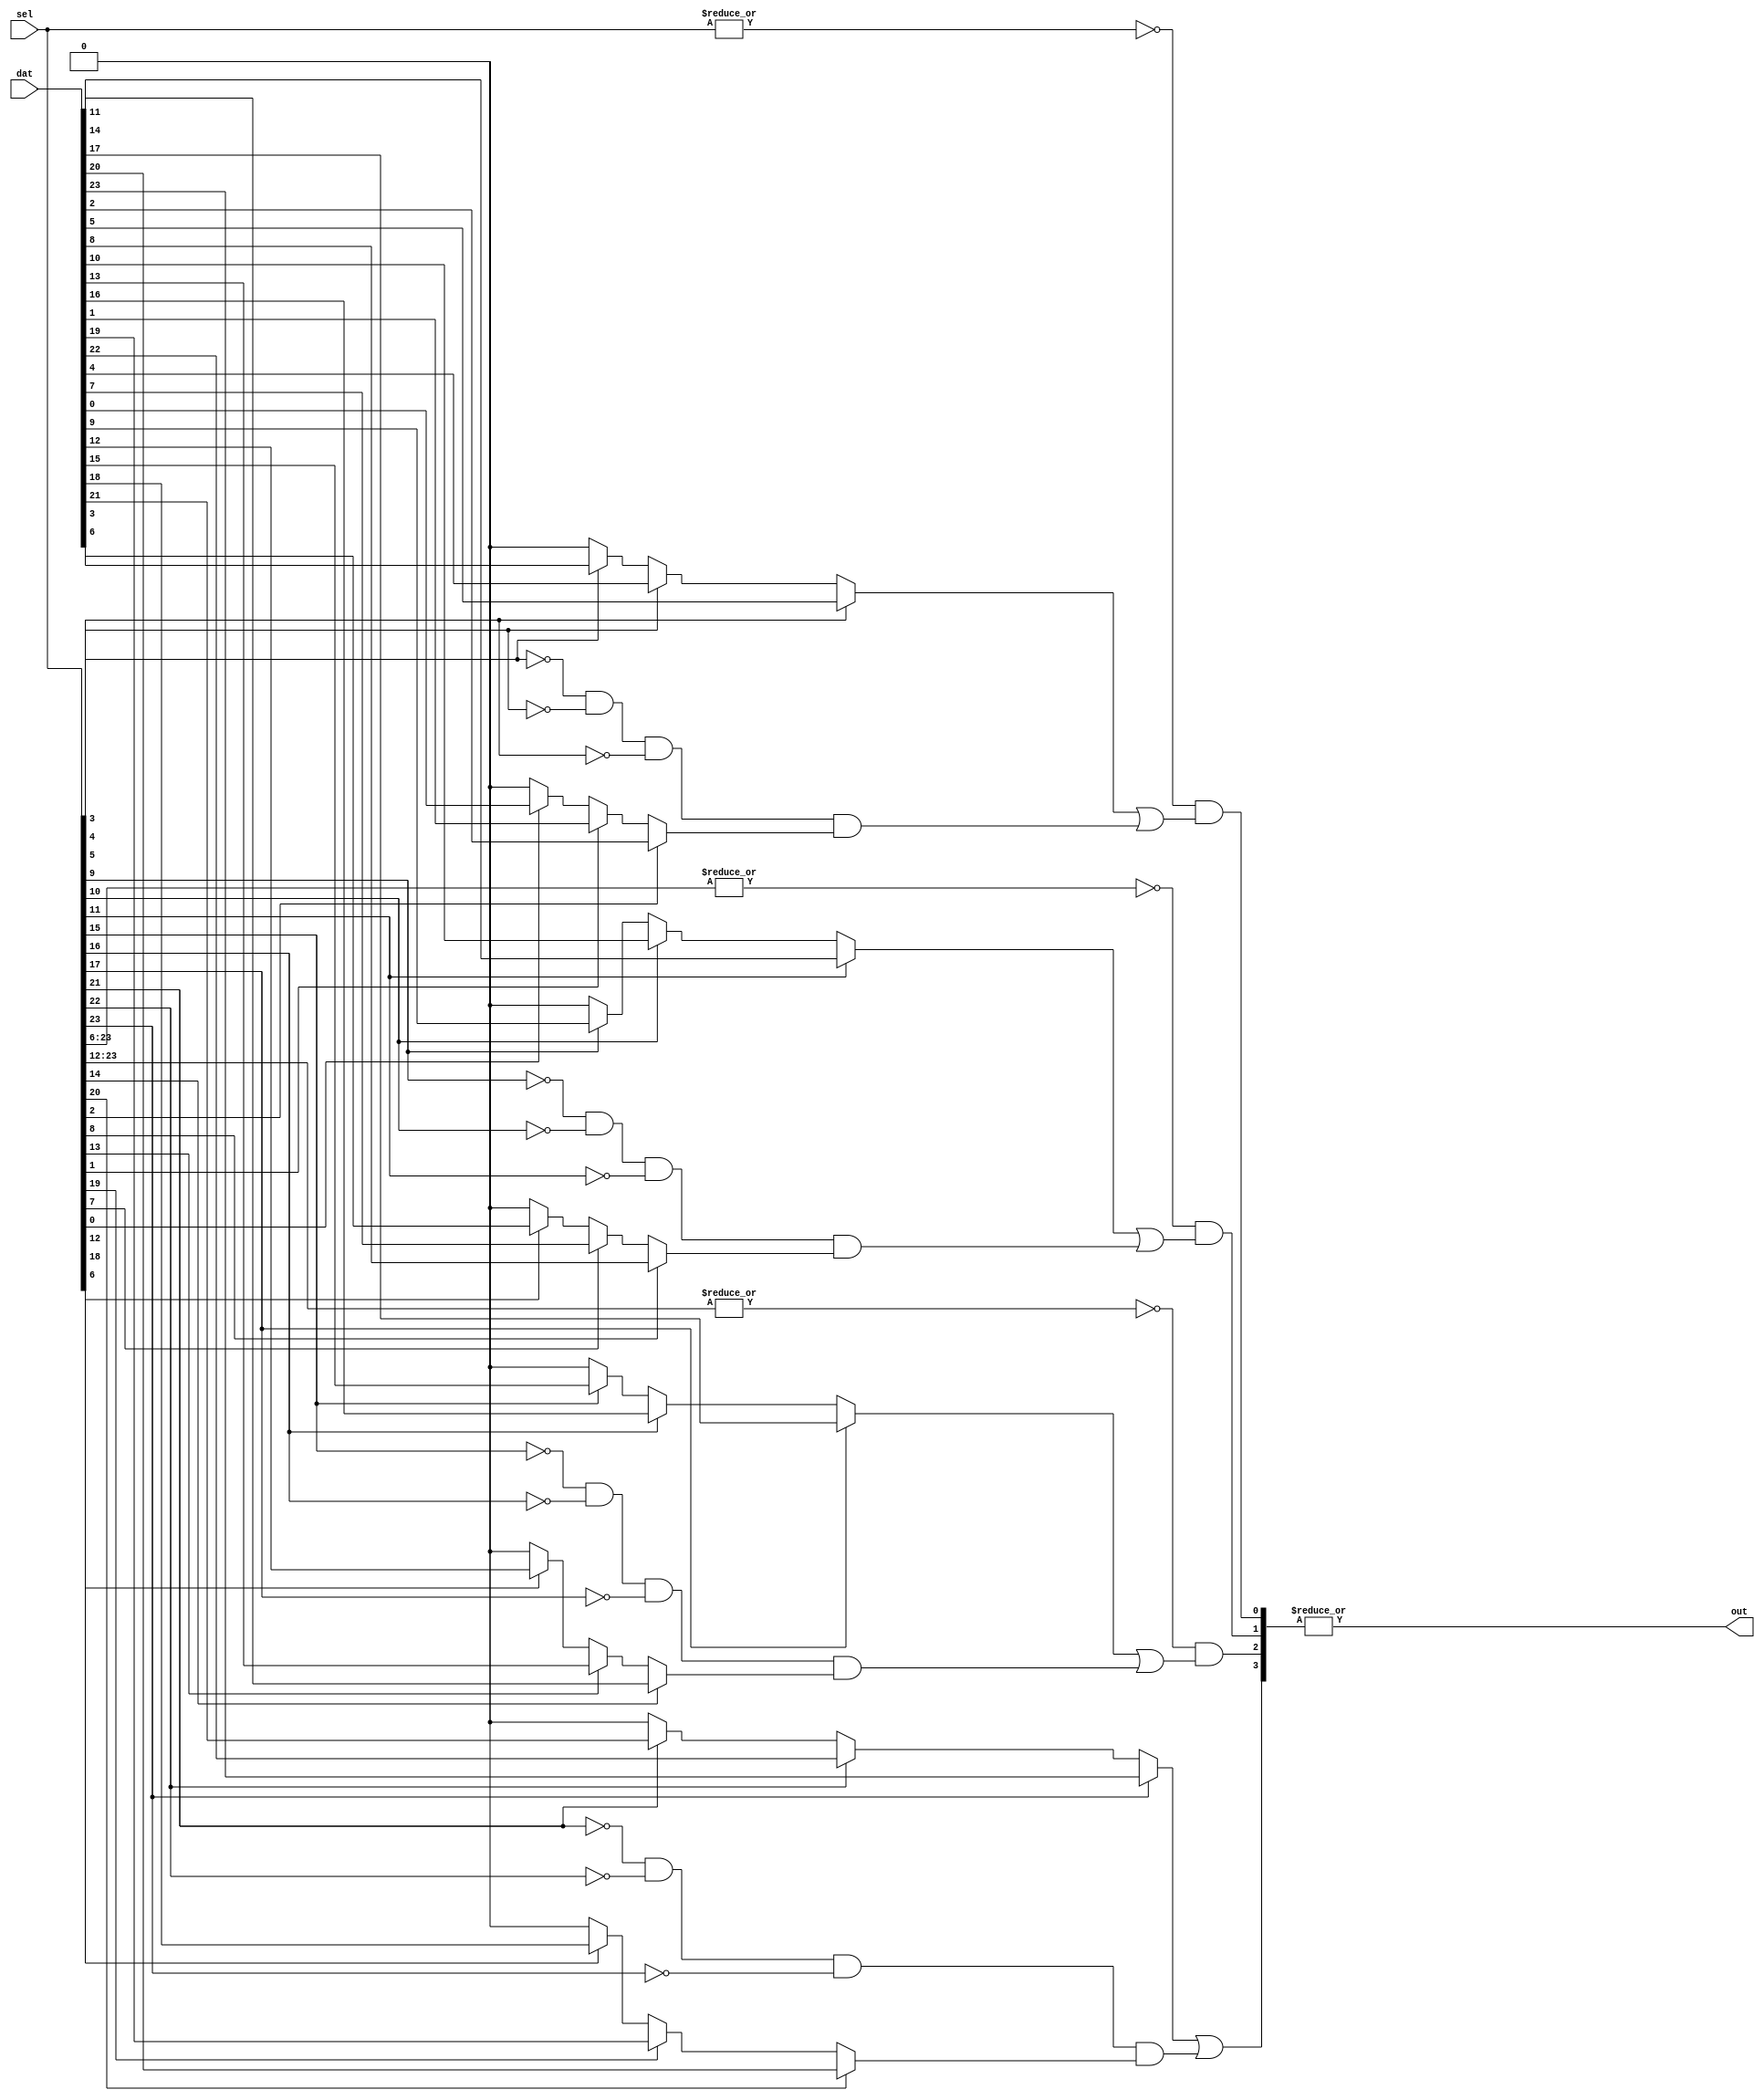
module priority_mux (sel,dat,out);

parameter WIDTH = 24;  // currently must be a multiple of 6

localparam WIDTH_DIV_3 = WIDTH/3;
localparam WIDTH_DIV_6 = WIDTH/6;

input [WIDTH-1:0] sel;
input [WIDTH-1:0] dat;
output out;

parameter METHOD = 1;


genvar i;
generate 
	if (METHOD == 0) begin
		////////////////////////////////////////////
		// Generic
		////////////////////////////////////////////
		wire [WIDTH:0] partials;
		assign partials[0] = 1'b0;

		for (i=0; i<WIDTH; i=i+1) 
		begin : m
		 assign partials[i+1] = (!sel[i] & partials[i]) | (sel[i] & dat[i]);
		end   
		assign out = partials[WIDTH];
	end
	else if (METHOD == 1) begin
		////////////////////////////////////////////
		// With some hard grouping for speed
		////////////////////////////////////////////
		// priority mux within a block of 6 
		wire [WIDTH_DIV_3-1:0] triples /* synthesis keep */;
		for (i=0; i<WIDTH_DIV_3; i=i+1) 
		begin : m3
		   assign triples[i] = sel[3*i+2] ? dat[3*i+2] : 
							sel[3*i+1] ? dat[3*i+1] :
							sel[3*i] ? dat[3*i] : 1'b0;							
		end   
		
		// aggregate the select signals to chunks of 6
		wire [WIDTH_DIV_6-1:0] grouped_select /* synthesis keep */;
		for (i=0; i<WIDTH_DIV_6; i=i+1) 
		begin : sg
			assign grouped_select[i] = |sel[6*i+5:6*i];
		end   

		// see if a block of 6 higher than mine is active
		wire [WIDTH_DIV_6-1:0] higher_select;
		for (i=0; i<WIDTH_DIV_6-1; i=i+1) 
		begin : hs
			assign higher_select[i] = |grouped_select[WIDTH_DIV_6-1:i];
		end   
		assign higher_select[WIDTH_DIV_6-1] = 1'b0;
						
		// priority mux within a block of 6
		// refer to the higher signal for between block
		// priority 
		wire [WIDTH_DIV_6-1:0] sixes;
		for (i=0; i<WIDTH_DIV_6; i=i+1) 
		begin : m6
			assign sixes[i] = !higher_select[i] & (
				triples[2*i+1] | 
				(!sel[6*i+3] & !sel[6*i+4] & !sel[6*i+5] & triples[2*i]));
		end   
		assign out = |sixes;
	end
endgenerate    
endmodule